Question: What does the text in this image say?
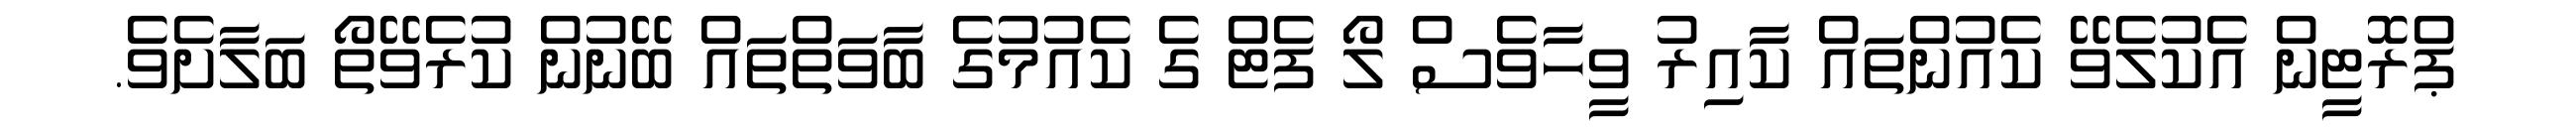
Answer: ޕްރޮޓީން އެކުލެވޭ ކެއުންތައް ކާއިރު ވީހާވެސް ލޯ ފެޓް ގެ ކެއުމުގެ ބާވަތްތައް ބޭނުން ކުރެވޭތޯ ބަލާށެވެ.